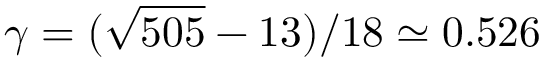
\gamma = ( \sqrt { 5 0 5 } - 1 3 ) / 1 8 \simeq 0 . 5 2 6